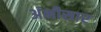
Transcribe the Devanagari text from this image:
अंभीसार